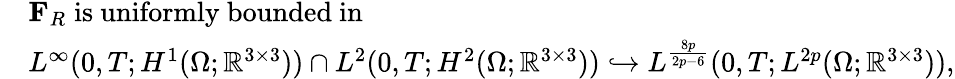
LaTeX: \begin{array}{rl}&{\mathbf{F}_{R}\; \mathrm{is~uniformly~bounded~in}\; }\\ &{L^{\infty}(0,T;H^{1}(\Omega;\mathbb{R}^{3\times 3}))\cap L^{2}(0,T;H^{2}(\Omega;\mathbb{R}^{3\times 3}))\hookrightarrow L^{\frac{8p}{2p-6}}(0,T;L^{2p}(\Omega;\mathbb{R}^{3\times 3})),}\end{array}